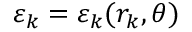
\varepsilon _ { k } = \varepsilon _ { k } ( r _ { k } , \theta )